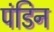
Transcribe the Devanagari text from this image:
पंडिन